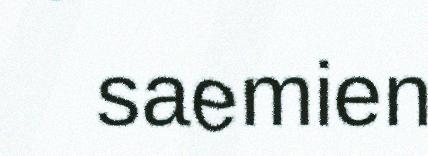
saemien